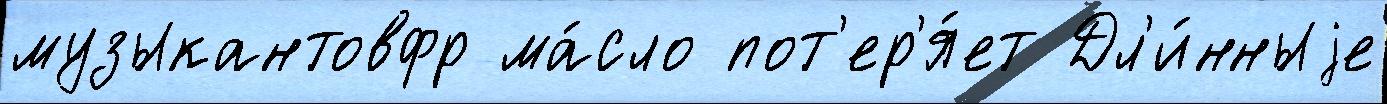
музыкантовфр ма́сло пот'ер'я́ет Дл'и́нныjе